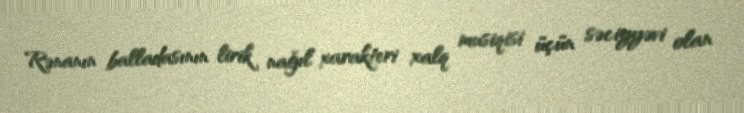
Rənanın balladasının lirik nağıl xarakteri xalq musiqisi üçün səciyyəvi olan